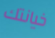
خيانتك